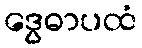
ဒွေဓာပထံ